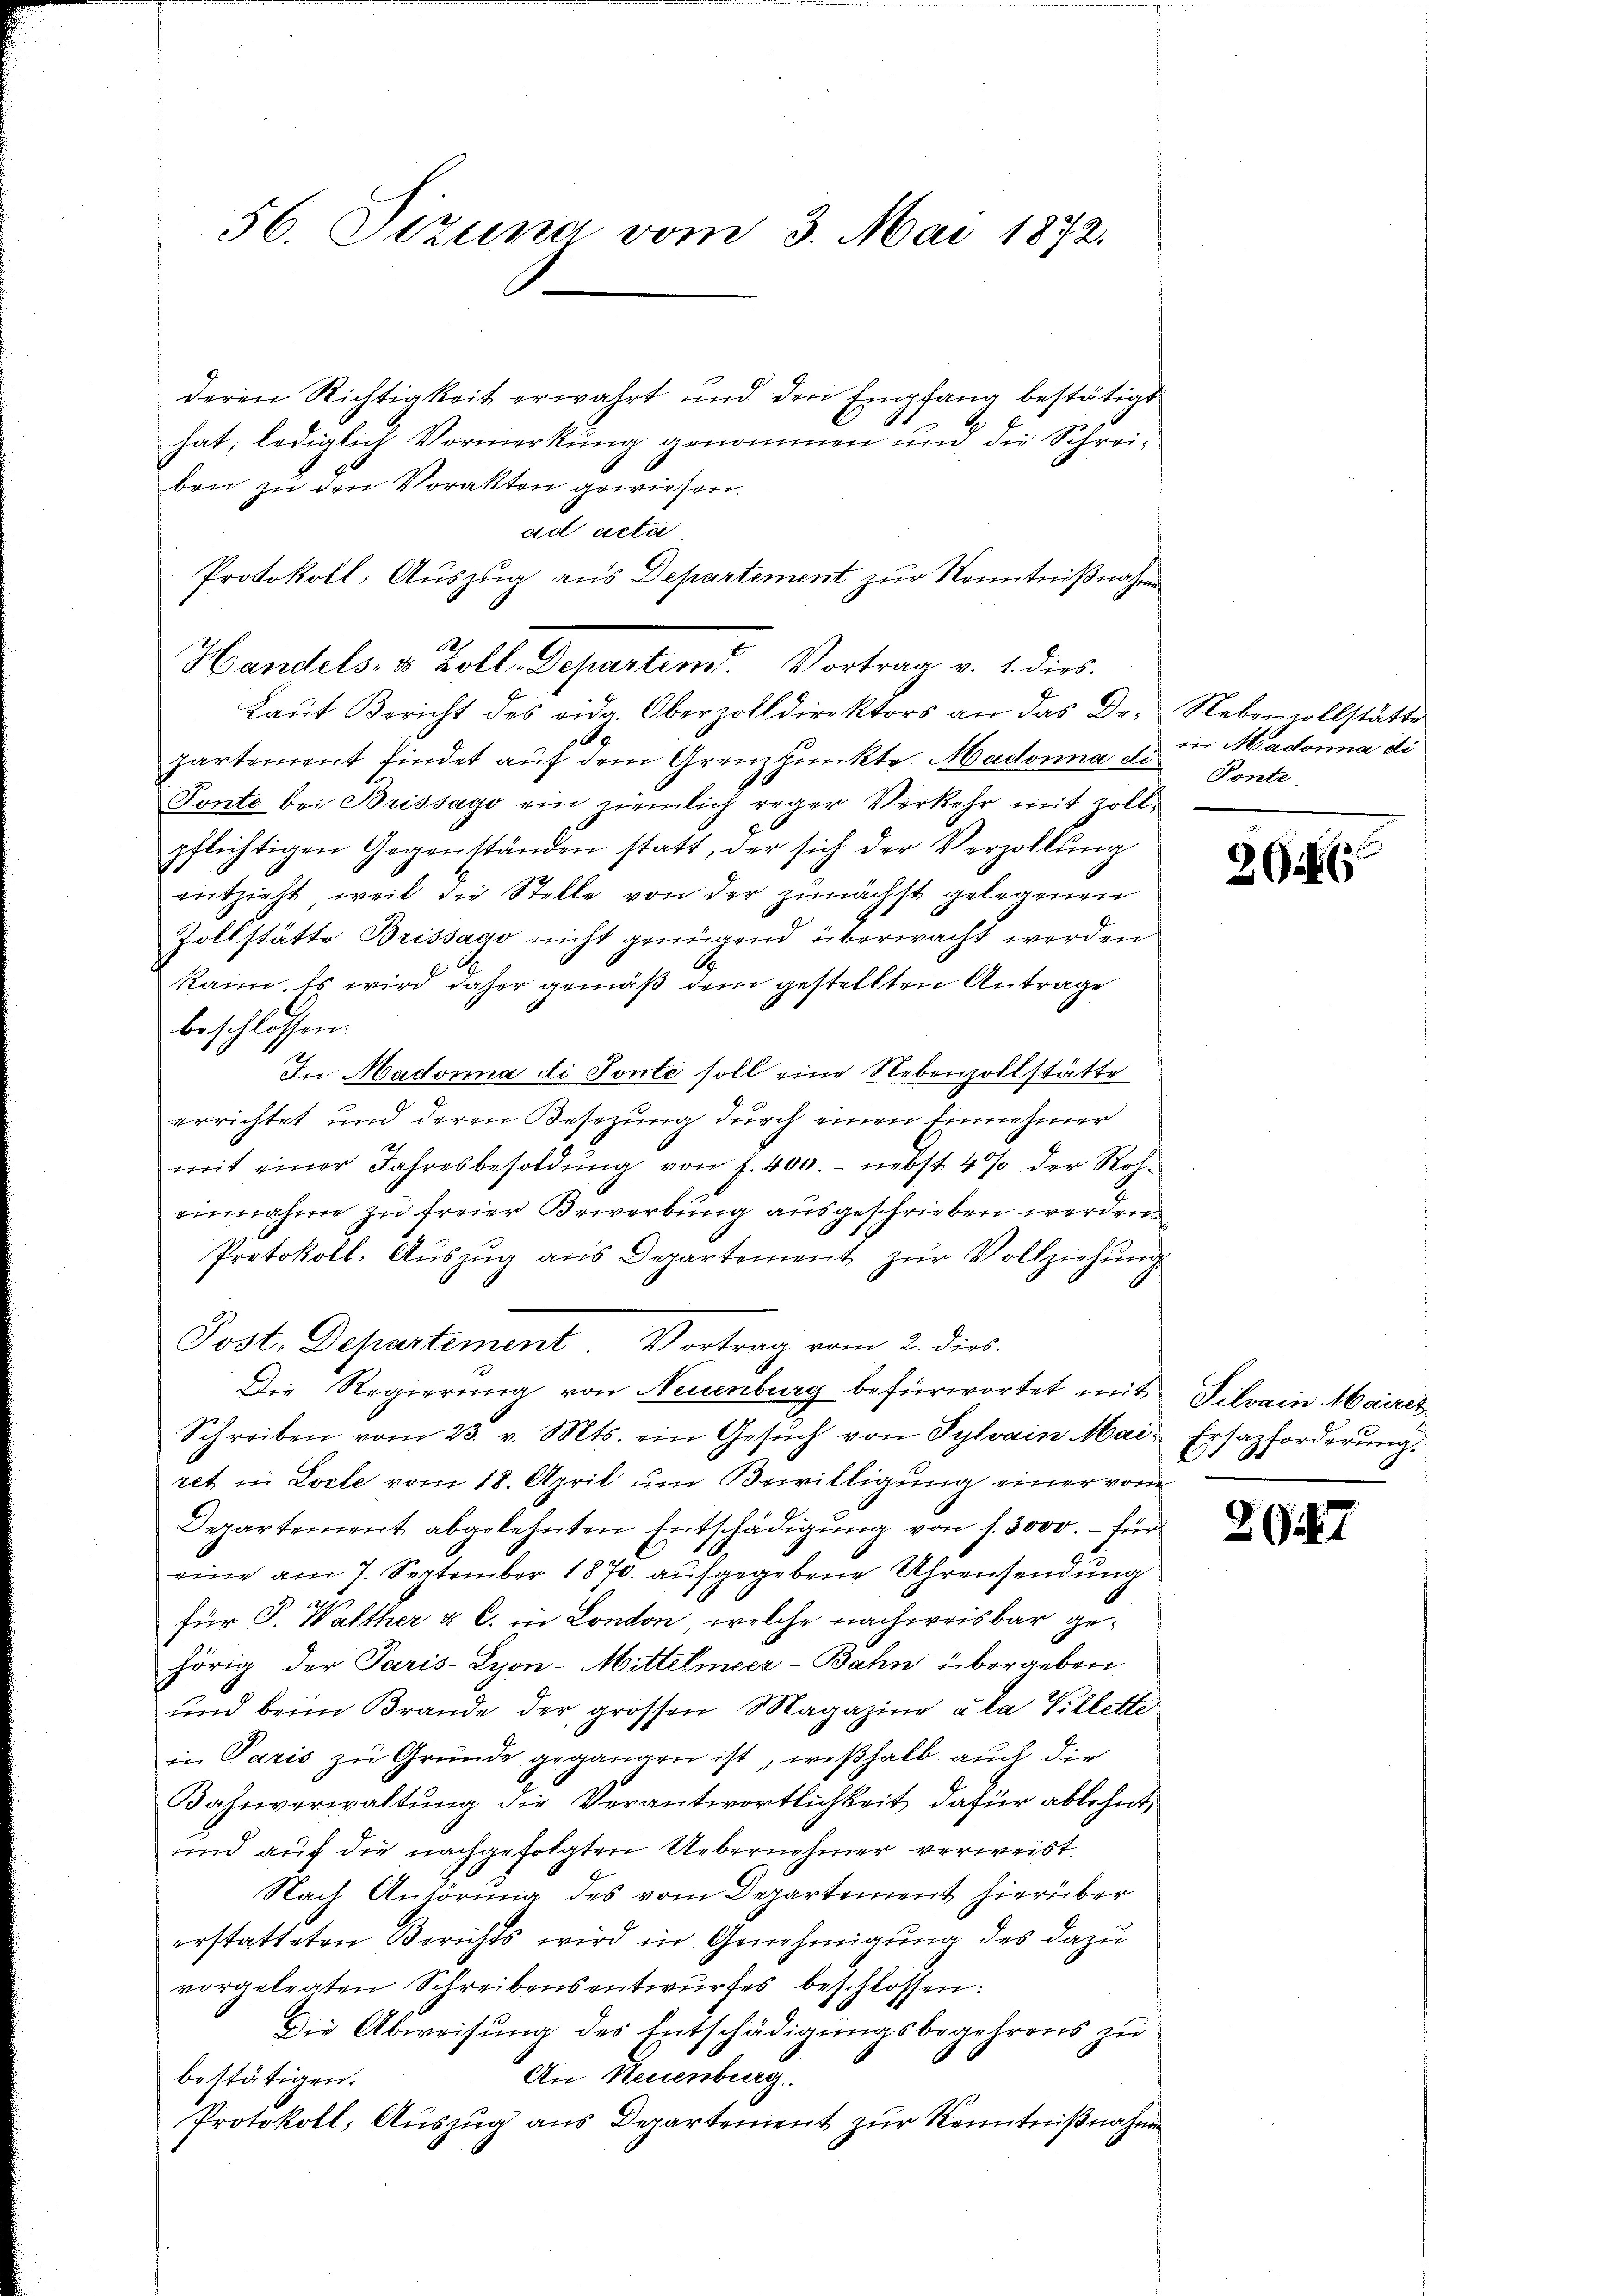
deren Richtigkeit erwahrt und den Empfang bestätigt
hat, lediglich Vormerkung genommen und die Schreiben zu den Vorakten gewiesen.
Laut Bericht des eidg. Oberzolldirektors an das Departement findet auf dem Grenzpunkte. Madonna di
Tonte bei Brissago ein niemlich reger Verkehr mit Zoll-
pflichtigen Gegenständen statt, der sich der Verzollŭng
rützieht, weil die Stelle von der zunächst gelegenen
Zollstätte Brissago nicht genügend überwacht werden
kann. Es wird daher gemäß dem gestellten Antrage
beschlossen:
In Madonna di Ponte soll eine Nebenzollstätte
errichtet und deren Besetzung durch einen Einnehmer
mit einer Jahresbesoldŭng von f. 400. - nebst 4% der Roheinnahme zu freier Bewerbung ausgeschrieben werden.
Protokoll. Auszug aus Departement zur Vollziehung
Post. Departement Vortrag vom 2. dies
Die Regierung von Neuenburg befürwortet mit Silvain Mairer
Schreiben vom 23. v. Mts. ein Gesŭch von Sylvain Mai Ersazforderung.
ret in Loele vom 18. April um Bewilligung einer vom
Departement abgelehnten Entschädigung von s. 3000. – für
eine am 7. September 1870. aufgegebene Uhrensendung
für P. Walther u C. in London, welche nachpreisbar gehörig der Paris-Syon-Mittelmeer-Bahn übergeben
ŭnd beim Brande der grossen Magazine à la Villetter
in Paris zu Gründe gegangen ist, weßhalb auch die
Bahnverwaltung die Verantwortlichkeit dafür ablehnt,
und auf die nachgefolgten Uebernehmer verweist.
Nach Anhörung des vom Departement hierüber
erstatteten Berichts wird in Genehmigung des dazu
vorgelegten Schreibensentwŭrfes beschlossen:
Die Abweisung des Entschädigungsbegehrens zu
An Neuenburg
bestätigen.
Protokoll, Auszug aus Departement zur Kenntnißnahme

56. Dizuna vom 3. Mai 1872.

ad actu
Protokoll, Auszug aus Departement zur Kenntnißnahmen
Handels. v. Zoll, Departem Vortrag v. 1. dies

Nebenvollstätte
in Madonna di
Ponte.

26

2.

267